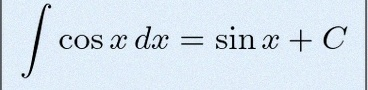
\int \cos x\,dx=\sin x+C